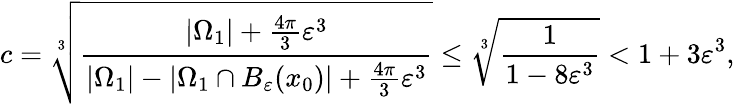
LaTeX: c=\sqrt[3]{\frac{|\Omega_{1}|+\frac{4\pi}{3}\varepsilon^{3}}{|\Omega_{1}|-|\Omega_{1}\cap B_{\varepsilon}(x_{0})|+\frac{4\pi}{3}\varepsilon^{3}}}\leq\sqrt[3]{\frac{1}{1-8\varepsilon^{3}}}<1+3\varepsilon^{3},